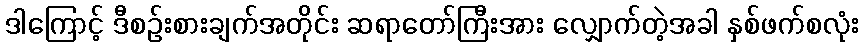
ဒါကြောင့် ဒီစဉ်းစားချက်အတိုင်း ဆရာတော်ကြီးအား လျှောက်တဲ့အခါ နှစ်ဖက်စလုံး